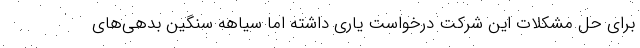
برای حل مشکلات این شرکت درخواست یاری داشته اما سیاهه سنگین بدهی‌های